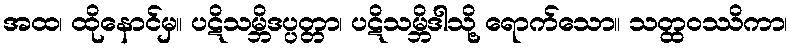
အထ၊ ထိုနောင်မှ။ ပဋိသမ္ဘိဒပ္ပတ္တာ၊ ပဋိသမ္ဘိဒါသို့ ရောက်သော။ သတ္ထဝဿိကာ၊